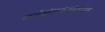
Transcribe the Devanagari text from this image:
कर्दळीवनासंदर्भातील